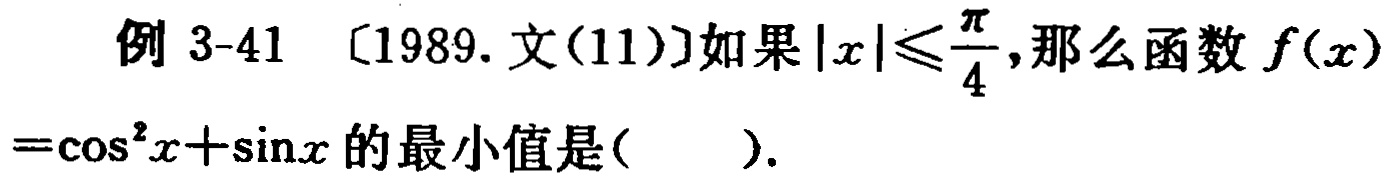
例 3-41 〔1989.文(11)〕如果$|x|\leqslant\frac{\pi}{4}$,那么函数$f(x)$$=\cos^{2}x+\sin x$的最小值是( ).